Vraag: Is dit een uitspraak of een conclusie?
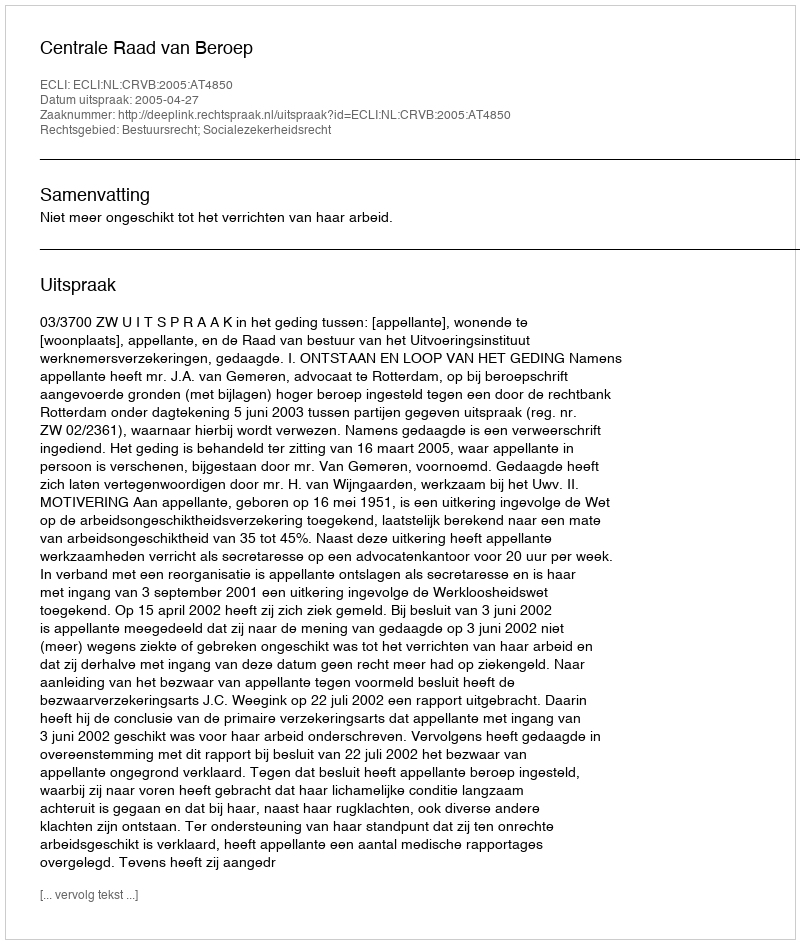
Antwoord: Uitspraak